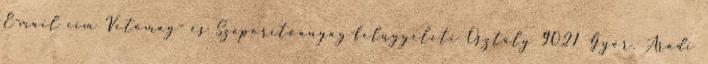
E-mail cím Vetőmag- és Szaporítóanyag-felügyeleti Osztály 9021 Győr, Aradi